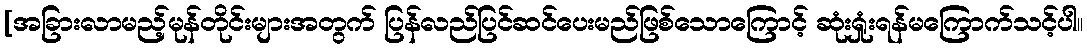
[အခြားလာမည့်မုန်တိုင်းများအတွက် ပြန်လည်ပြင်ဆင်ပေးမည်ဖြစ်သောကြောင့် ဆုံးရှုံးရန်မကြောက်သင့်ပါ။